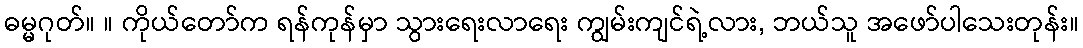
ဓမ္မဂုတ်။ ။ ကိုယ်တော်က ရန်ကုန်မှာ သွားရေးလာရေး ကျွမ်းကျင်ရဲ့လား, ဘယ်သူ အဖော်ပါသေးတုန်း။